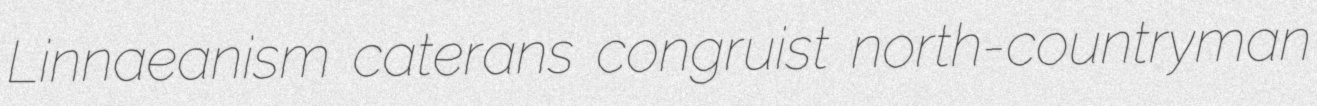
Linnaeanism caterans congruist north-countryman